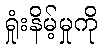
ရှုံးနိမ့်မှုကို